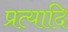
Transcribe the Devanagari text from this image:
प्रत्यादि